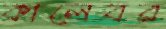
কালেবর